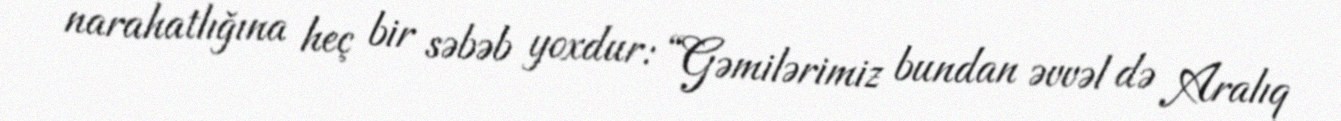
narahatlığına heç bir səbəb yoxdur: “Gəmilərimiz bundan əvvəl də Aralıq